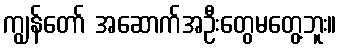
ကျွန်တော် အဆောက်အဦးတွေမတွေ့ဘူး။